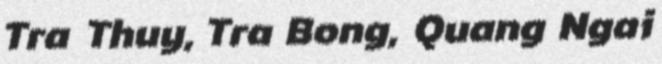
Tra Thuy, Tra Bong, Quang Ngai